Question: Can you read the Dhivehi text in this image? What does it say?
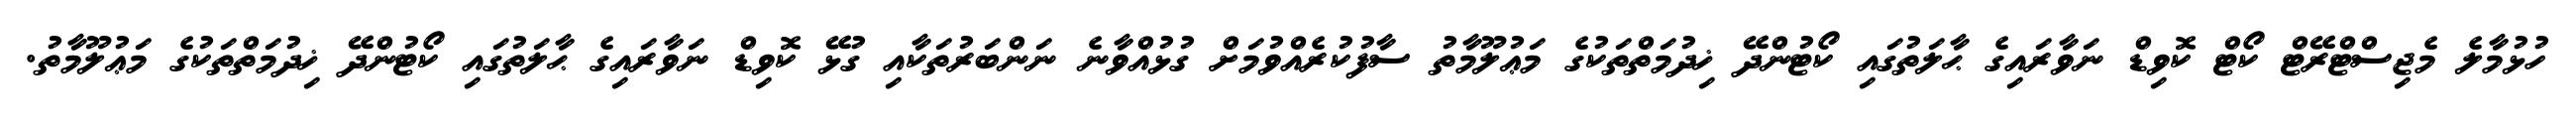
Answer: ހުޅުމާލެ މެޖިސްޓްރޭޓް ކޯޓް ކޮވިޑް ނަވާރައިގެ ޙާލަތުގައި ކޯޓުންދޭ ޚިދުމަތްތަކުގެ މަޢުލޫމާތު ސާފުކުރެއްވުމަށް ގުޅުއްވާނެ ނަންބަރުތަކާއި ގުޅޭ ކޮވިޑް ނަވާރައިގެ ޙާލަތުގައި ކޯޓުންދޭ ޚިދުމަތްތަކުގެ މަޢުލޫމާތު.